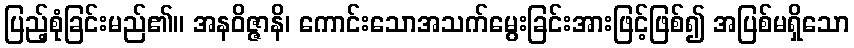
ပြည့်စုံခြင်းမည်၏။ အနဝိဇ္ဇာနိ၊ ကောင်းသောအသက်မွေးခြင်းအားဖြင့်ဖြစ်၍ အပြစ်မရှိသော